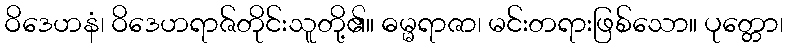
ဝိဒေဟနံ၊ ဝိဒေဟရာဇ်တိုင်းသူတို့၏။ ဓမ္မရာဇာ၊ မင်းတရားဖြစ်သော။ ပုတ္တော၊